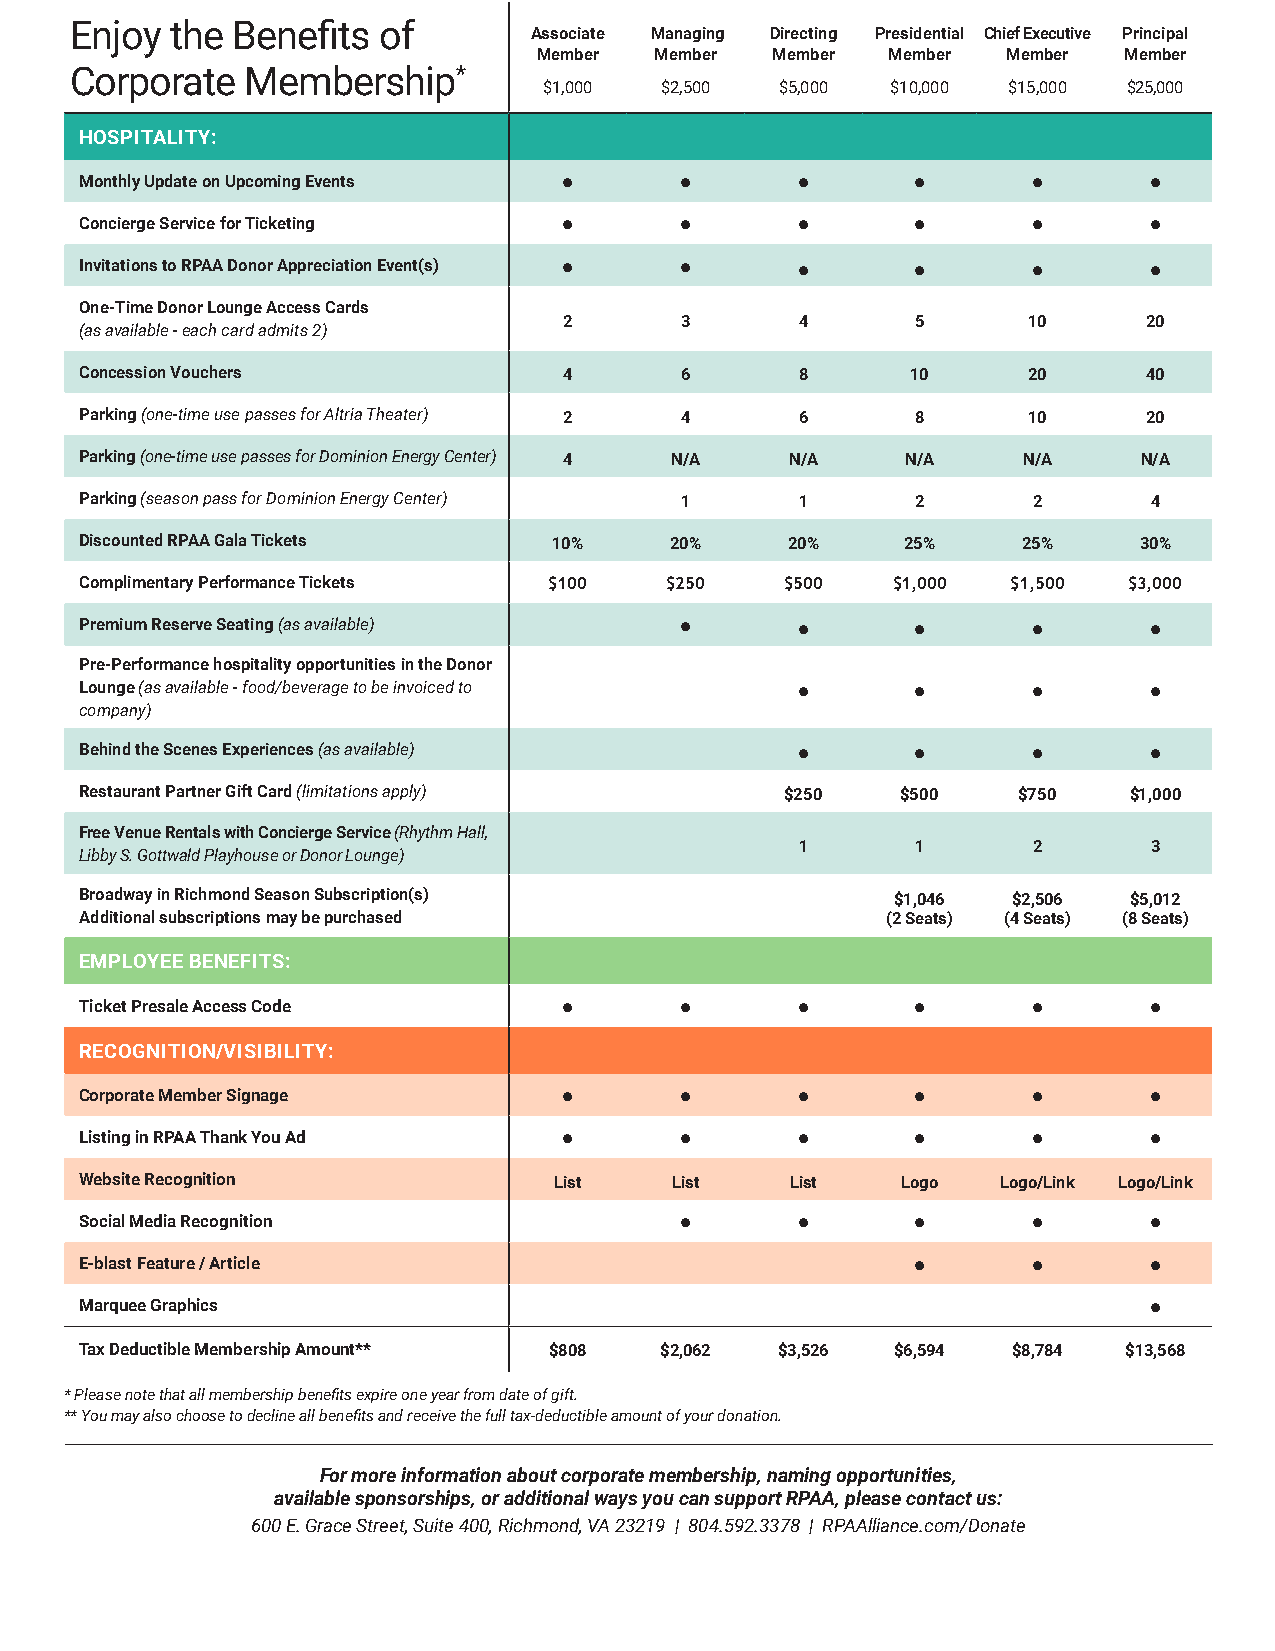
Enjoy the Benefits  of        Associate Managing Directing Presidential Chief Executive Principal
 Member Member  Member  Member  Member Member
 Corporate  Membership*
 $1,000  $2,500  $5,000 $10,000 $15,000 $25,000
 HOSPITALITY:
 Monthly Update on Upcoming Events •     •       •      •       •       •
 Concierge Service for Ticketing •       •       •      •       •       •
 Invitations to RPAA Donor Appreciation Event(s) • • •  •       •       •
 One-Time Donor Lounge Access Cards
 2       3       4       5      10      20
 (as available - each card admits 2)
 Concession Vouchers             4       6       8      10      20      40
 Parking (one-time use passes for Altria Theater) 2 4 6  8      10      20
 Parking (one-time use passes for Dominion Energy Center) 4 N/A N/A N/A N/A N/A
 Parking (season pass for Dominion Energy Center) 1 1    2      2       4
 Discounted RPAA Gala Tickets    10%    20%     20%     25%     25%    30%
 Complimentary Performance Tickets $100 $250    $500   $1,000  $1,500  $3,000
 Premium Reserve Seating (as available)  •       •      •       •       •
 Pre-Performance hospitality opportunities in the Donor
 Lounge (as available - food/beverage to be invoiced to • •     •       •
 company)
 Behind the Scenes Experiences (as available)    •      •       •       •
 Restaurant Partner Gift Card (limitations apply) $250  $500   $750    $1,000
 Free Venue Rentals with Concierge Service (Rhythm Hall,
 1       1      2       3
 Libby S. Gottwald Playhouse or Donor Lounge)
 Broadway in Richmond Season Subscription(s)           $1,046  $2,506  $5,012
 Additional subscriptions may be purchased             (2 Seats) (4 Seats) (8 Seats)
 EMPLOYEE BENEFITS:
 Ticket Presale Access Code      •       •       •      •       •       •
 RECOGNITION/VISIBILITY:
 Corporate Member Signage        •       •       •      •       •       •
 Listing in RPAA Thank You Ad    •       •       •      •       •       •
 Website Recognition             List   List    List    Logo  Logo/Link Logo/Link
 Social Media Recognition                •       •      •       •       •
 E-blast Feature / Article                              •       •       •
 Marquee Graphics                                                       •
 Tax Deductible Membership Amount** $808 $2,062 $3,526 $6,594  $8,784 $13,568
 * Please note that all membership benefits expire one year from date of gift.
 ** You may also choose to decline all benefits and receive the full tax-deductible amount of your donation.
 For more information about corporate membership, naming opportunities,
 available sponsorships, or additional ways you can support RPAA, please contact us:
 600 E. Grace Street, Suite 400, Richmond, VA 23219 | 804.592.3378 | RPAAlliance.com/Donate